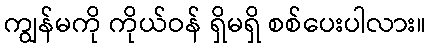
ကျွန်မကို ကိုယ်ဝန် ရှိမရှိ စစ်ပေးပါလား။